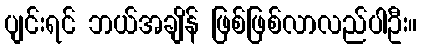
ပျင်းရင် ဘယ်အချိန် ဖြစ်ဖြစ်လာလည်ပါဦး။